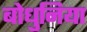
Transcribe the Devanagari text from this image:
बोधुनिया